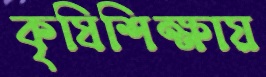
কৃষিশিক্ষায়